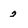
Character: 2